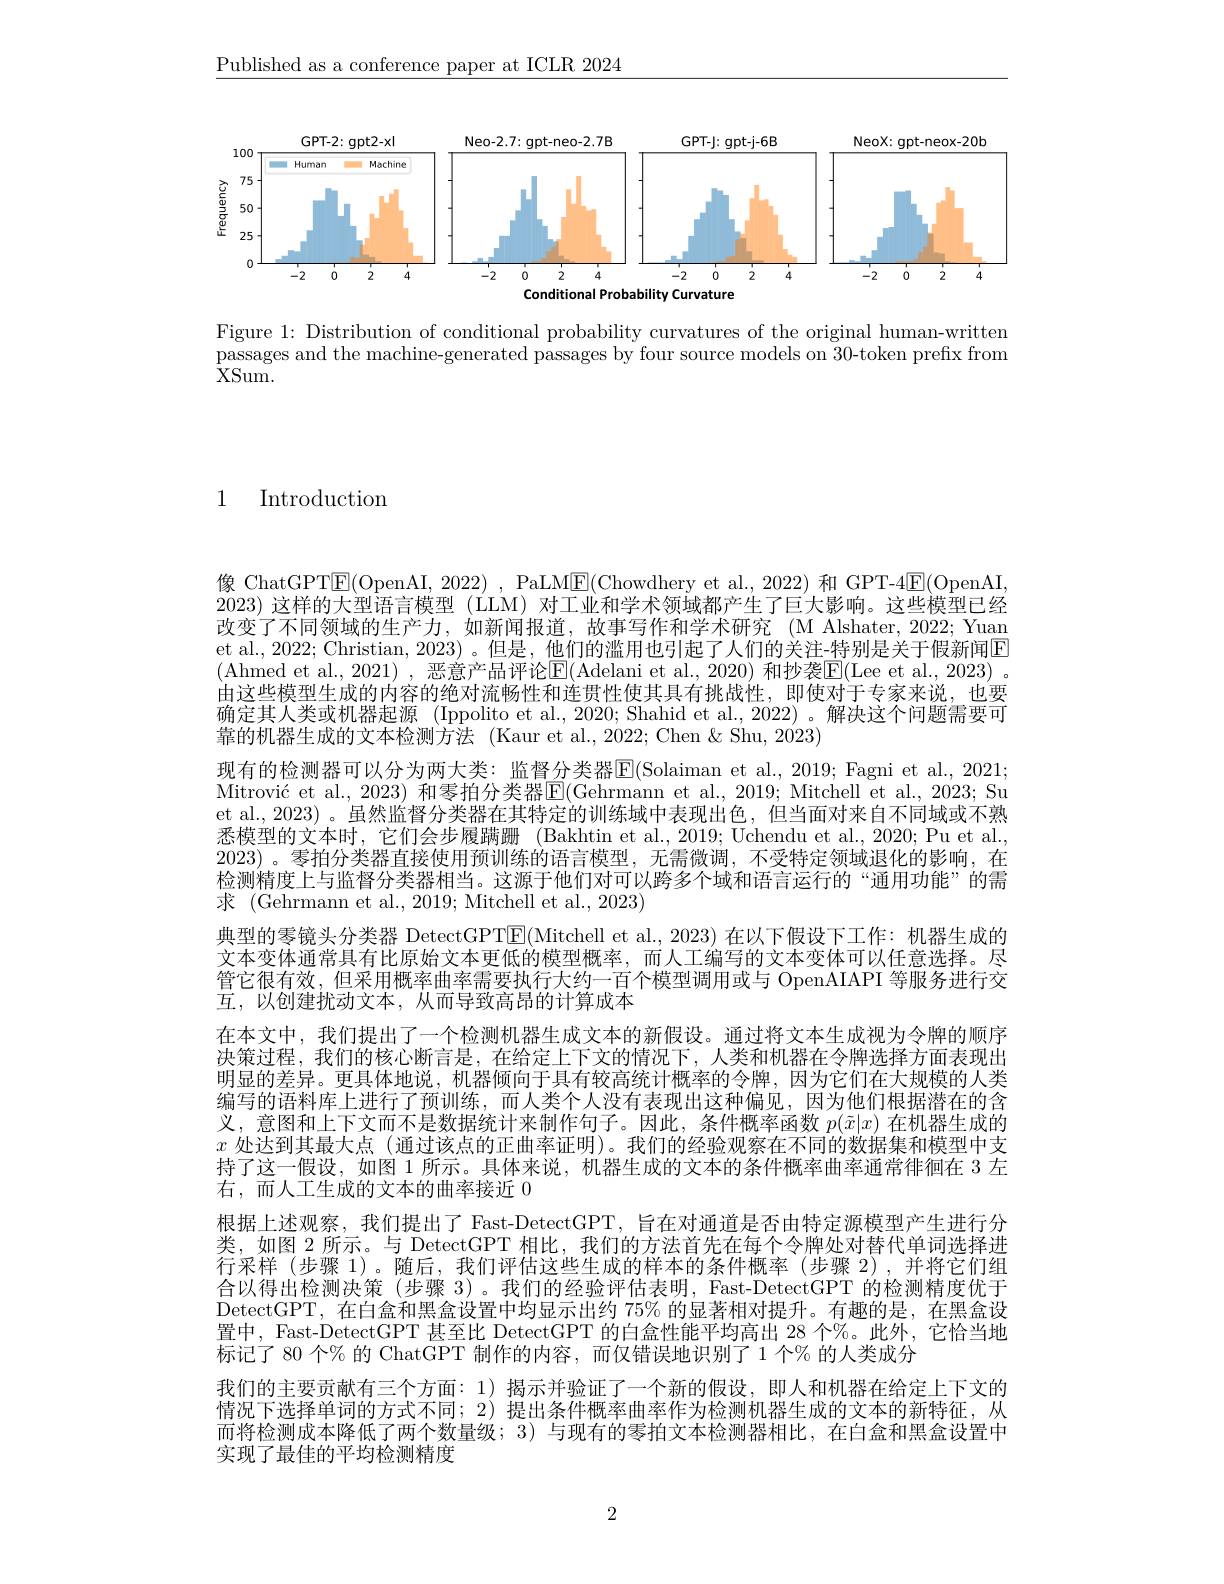
$\underline{\text{Published as a conference paper at ICLR 2024}}$

<FigureHere>

Figure 1: Distribution of conditional probability curvatures of the original human-written passages and the machine-generated passages by four source models on 30-token prefix from ${\dot{\mathrm{XSum}}}.$

1 Introduction

像 ChatGPT$\boxed{\mathrm{E}}($OpenAI, 2022) , PaLM$\boxed{\mathrm{E}}($Chowdhery et al., 2022) 和 GPT-4$\boxed{\mathrm{E}}($OpenAI 2023)这样的大型语言模型 (LLM) 对工业和学术领域都产生了巨大影响。这些模型已经改变了不同领域的生产力，如新闻报道，故事写作和学术研究 (M Alshater, 2022; Yuan et al., 2022; Christian, 2023) 。但是，他们的滥用也引起了人们的关注-特别是关于假新闻回(Ahmed et al.,2021) ,恶意产品评论E(Adelani et al.,2020) 和抄袭$\overline \mathrm{E}($Lee et al.,2023) 。由这些模型生成的内容的绝对流畅性和连贯性使其具有挑战性，即使对于专家来说，也要确定其人类或机器起源 (Ippolito et al., 2020; Shahid et al., 2022) 。解决这个问题需要可靠的机器生成的文本检测方法 (Kaur et al.,2022; Chen & Shu, 2023)
现有的检测器可以分为两大类：监督分类器E(Solaiman et al., 2019; Fagni et al., 2021; Mitrović et al., 2023) 和零拍分类器$\mathsf{E}($Gehrmann et al., 2019; Mitchell et al., 2023; Su et al., 2023) 。虽然监督分类器在其特定的训练域中表现出色，但当面对来自不同域或不熟悉模型的文本时，它们会步履蹒跚 (Bakhtin et al., 2019; Uchendu et al., 2020; Pu et al., 2023)。零拍分类器直接使用预训练的语言模型，无需微调，不受特定领域退化的影响，在检测精度上与监督分类器相当。这源于他们对可以跨多个域和语言运行的“通用功能”的需求 (Gehrmann et al., 2019; Mitchell et al., 2023)
典型的零镜头分类器 DetectGPT$\boxed{\mathrm{E}}($Mitchell et al.,2023)在以下假设下工作：机器生成的文本变体通常具有比原始文本更低的模型概率，而人工编写的文本变体可以任意选择。尽管它很有效，但采用概率曲率需要执行大约一百个模型调用或与 OpenAIAPI 等服务进行交互，以创建扰动文本，从而导致高昂的计算成本
在本文中，我们提出了一个检测机器生成文本的新假设。通过将文本生成视为令牌的顺序决策过程，我们的核心断言是，在给定上下文的情况下，人类和机器在令牌选择方面表现出明显的差异。更具体地说，机器倾向于具有较高统计概率的令牌，因为它们在大规模的人类编写的语料库上进行了预训练，而人类个人没有表现出这种偏见，因为他们根据潜在的含义，意图和上下文而不是数据统计来制作句子。因此，条件概率函数$p(\tilde{x}|x)$在机器生成的$x$处达到其最大点 (通过该点的正曲率证明)。我们的经验观察在不同的数据集和模型中支持了这一假设，如图 1 所示。具体来说，机器生成的文本的条件概率曲率通常徘徊在 3 左右，而人工生成的文本的曲率接近0
根据上述观察，我们提出了 Fast-DetectGPT, 旨在对通道是否由特定源模型产生进行分类，如图 2 所示。与 DetectGPT 相比，我们的方法首先在每个令牌处对替代单词选择进行采样 (步骤 1)。随后，我们评估这些生成的样本的条件概率 (步骤 2),并将它们组合以得出检测决策(步骤 3)。我们的经验评估表明，Fast-DetectGPT 的检测精度优于DetectGPT,在白盒和黑盒设置中均显示出约 75% 的显著相对提升。有趣的是，在黑盒设置中，Fast-DetectGPT 甚至比 DetectGPT 的白盒性能平均高出 28 个%。此外，它恰当地标记了 80 个% 的 ChatGPT 制作的内容，而仅错误地识别了 1 个% 的人类成分
我们的主要贡献有三个方面：1) 揭示并验证了一个新的假设，即人和机器在给定上下文的情况下选择单词的方式不同；2) 提出条件概率曲率作为检测机器生成的文本的新特征，从而将检测成本降低了两个数量级；3) 与现有的零拍文本检测器相比，在白盒和黑盒设置中实现了最佳的平均检测精度

2